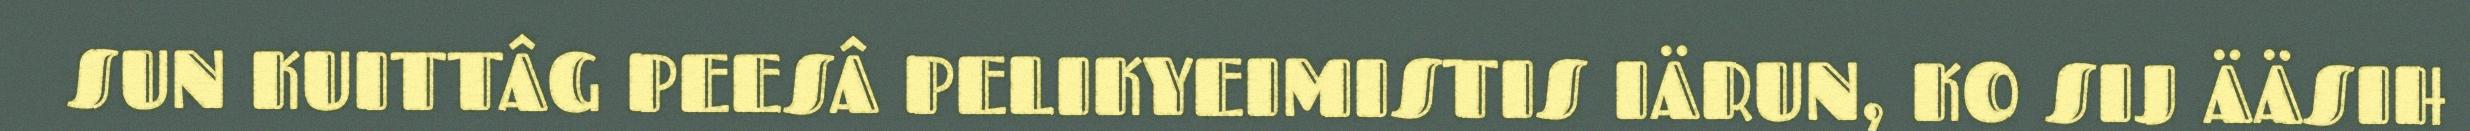
SUN KUITTÂG PEESÂ PELIKYEIMISTIS IÄRUN, KO SIJ ÄÄSIH